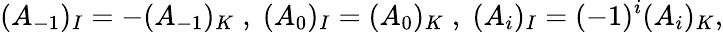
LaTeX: (A_{-1})_{I}=-(A_{-1})_{K}\; ,\; (A_{0})_{I}=(A_{0})_{K}\; ,\; (A_{i})_{I}=(-1)^{i}(A_{i})_{K},